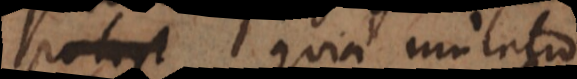
vicissim quia mutatio